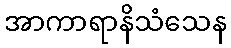
အာကာရာနိသံသေန